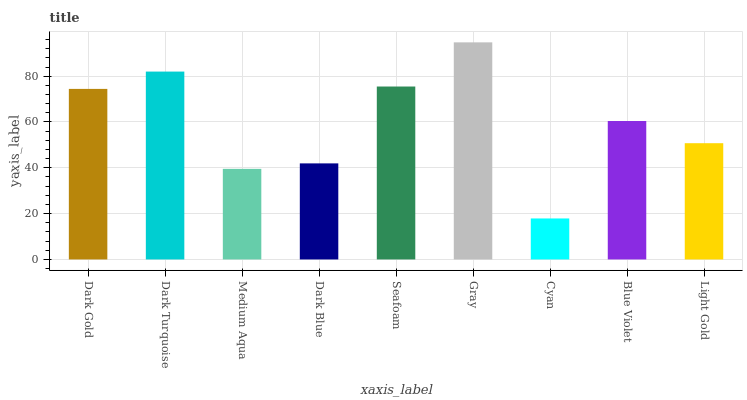
| xaxis_label | bars |
 | --- | --- |
 | Dark Gold | 74.4 |
 | Dark Turquoise | 82 |
 | Medium Aqua | 39.5 |
 | Dark Blue | 41.9 |
 | Seafoam | 75.5 |
 | Gray | 94.8 |
 | Cyan | 17.9 |
 | Blue Violet | 60.4 |
 | Light Gold | 50.7 |